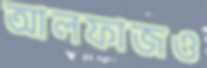
আলফাজও